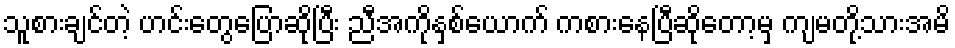
သူစားချင်တဲ့ ဟင်းတွေပြောဆိုပြီး ညီအကိုနှစ်ယောက် ကစားနေပြီဆိုတော့မှ ကျမတို့သားအမိ